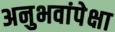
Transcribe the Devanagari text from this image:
अनुभवांपेक्षा